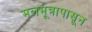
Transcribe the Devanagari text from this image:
मलमूत्रापासून